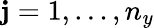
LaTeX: \mathbf{j}=1,\dots,n_{y}